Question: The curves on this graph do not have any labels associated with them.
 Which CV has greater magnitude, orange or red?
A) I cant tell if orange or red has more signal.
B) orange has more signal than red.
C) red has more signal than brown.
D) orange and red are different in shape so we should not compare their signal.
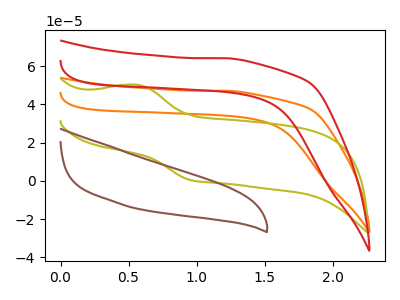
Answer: <think>The orange curve "orange" has no peaks. The olive curve "olive" has an anodic peak at (0.55V, 50.20uA) and a cathodic peak at (0.95V, 0.55uA). The red curve "red" has no peaks. The brown curve "brown" has no peaks.
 Neither "orange" or "red" have any peaks.</think>
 <answer>A) I cant tell if "orange" or "red" has more signal.</answer>
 <eval>A</eval>